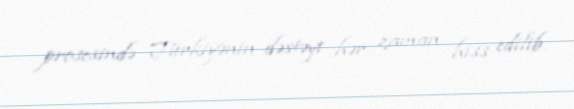
prosesində Türkiyənin dəstəyi hər zaman hiss edilib.